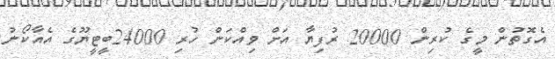
އެގޮތުން މީގެ ކުރިން 20000 ރުފިޔާ އަށް ވިއްކަން ހުރި 24000ބީޓީޔޫގެ އެއާކޯނު